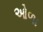
ઓળા